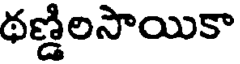
థణ్డిలసాయికా